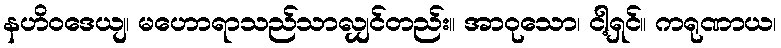
နဟိဝဒေယျ၊ မဟောရာသည်သာလျှင်တည်း။ အာဝုသော၊ ငါ့ရှင်။ ကရုဏာယ၊